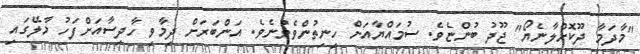
"މާދަމާ ދޫކޮށްލާނެޔޯ" ޖޫދު ބުންޏެވެ. ސުމައްޔާއަށް ހިނިތުންވެވުނެވެ. އަންބަރަށް ދިމާވި ހާދިސާއަށްފަހު މާލޭގައި